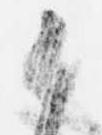
候